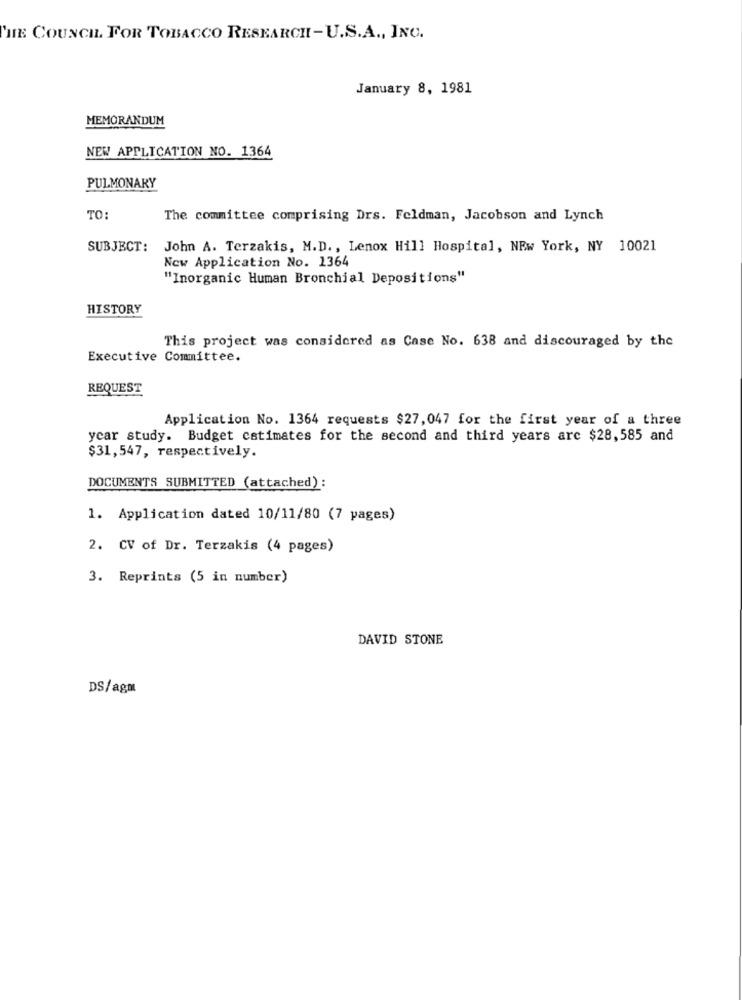
THE COUNCIL. FOR TOBACCO RESEARCH-U.S.A ., INC.
January 8, 1981
MEMORANDUM
NEW APPLICATION NO. 1364
PULMONARY
TO:
The committee comprising Drs. Feldman, Jacobson and Lynch
SUBJECT: John A. Terzakis, M.D ., Lenox Hill Hospital, NEW York, NY 10021
New Application No. 1364
"Inorganic Human Bronchial Depositions"
HISTORY
This project was considered as Case No. 638 and discouraged by the
Executive Committee.
REQUEST
Application No. 1364 requests $27,047 for the first year of a three
year study. Budget estimates for the second and third years arc $28,585 and
$31,547, respectively.
DOCUMENTS SUBMITTED (attached) :
1. Application dated 10/11/80 (7 pages)
2. CV of Dr. Terzakis (4 pages)
3. Reprints (5 in number)
DAVID STONE
DS/agm